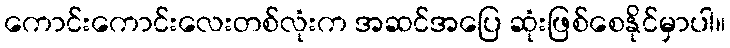
ကောင်းကောင်းလေးတစ်လုံးက အဆင်အပြေ ဆုံးဖြစ်စေနိုင်မှာပါ။